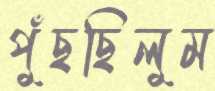
পুঁছছিলুম